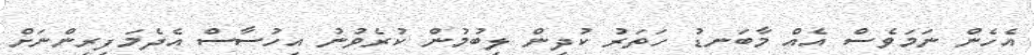
އެހެން ނަމަވެސް އެއް މާބަނޑު ހަތަރު ކުދިން ލިބުމުން ކުރެވުނު އިހުސާސް އެދެމަފިރިންނަށް